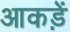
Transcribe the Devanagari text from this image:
आकड़ें